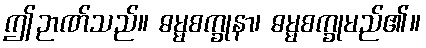
ဤဉာဏ်သည်။ ဓမ္မစက္ခုနာ၊ ဓမ္မစက္ခုမည်၏။